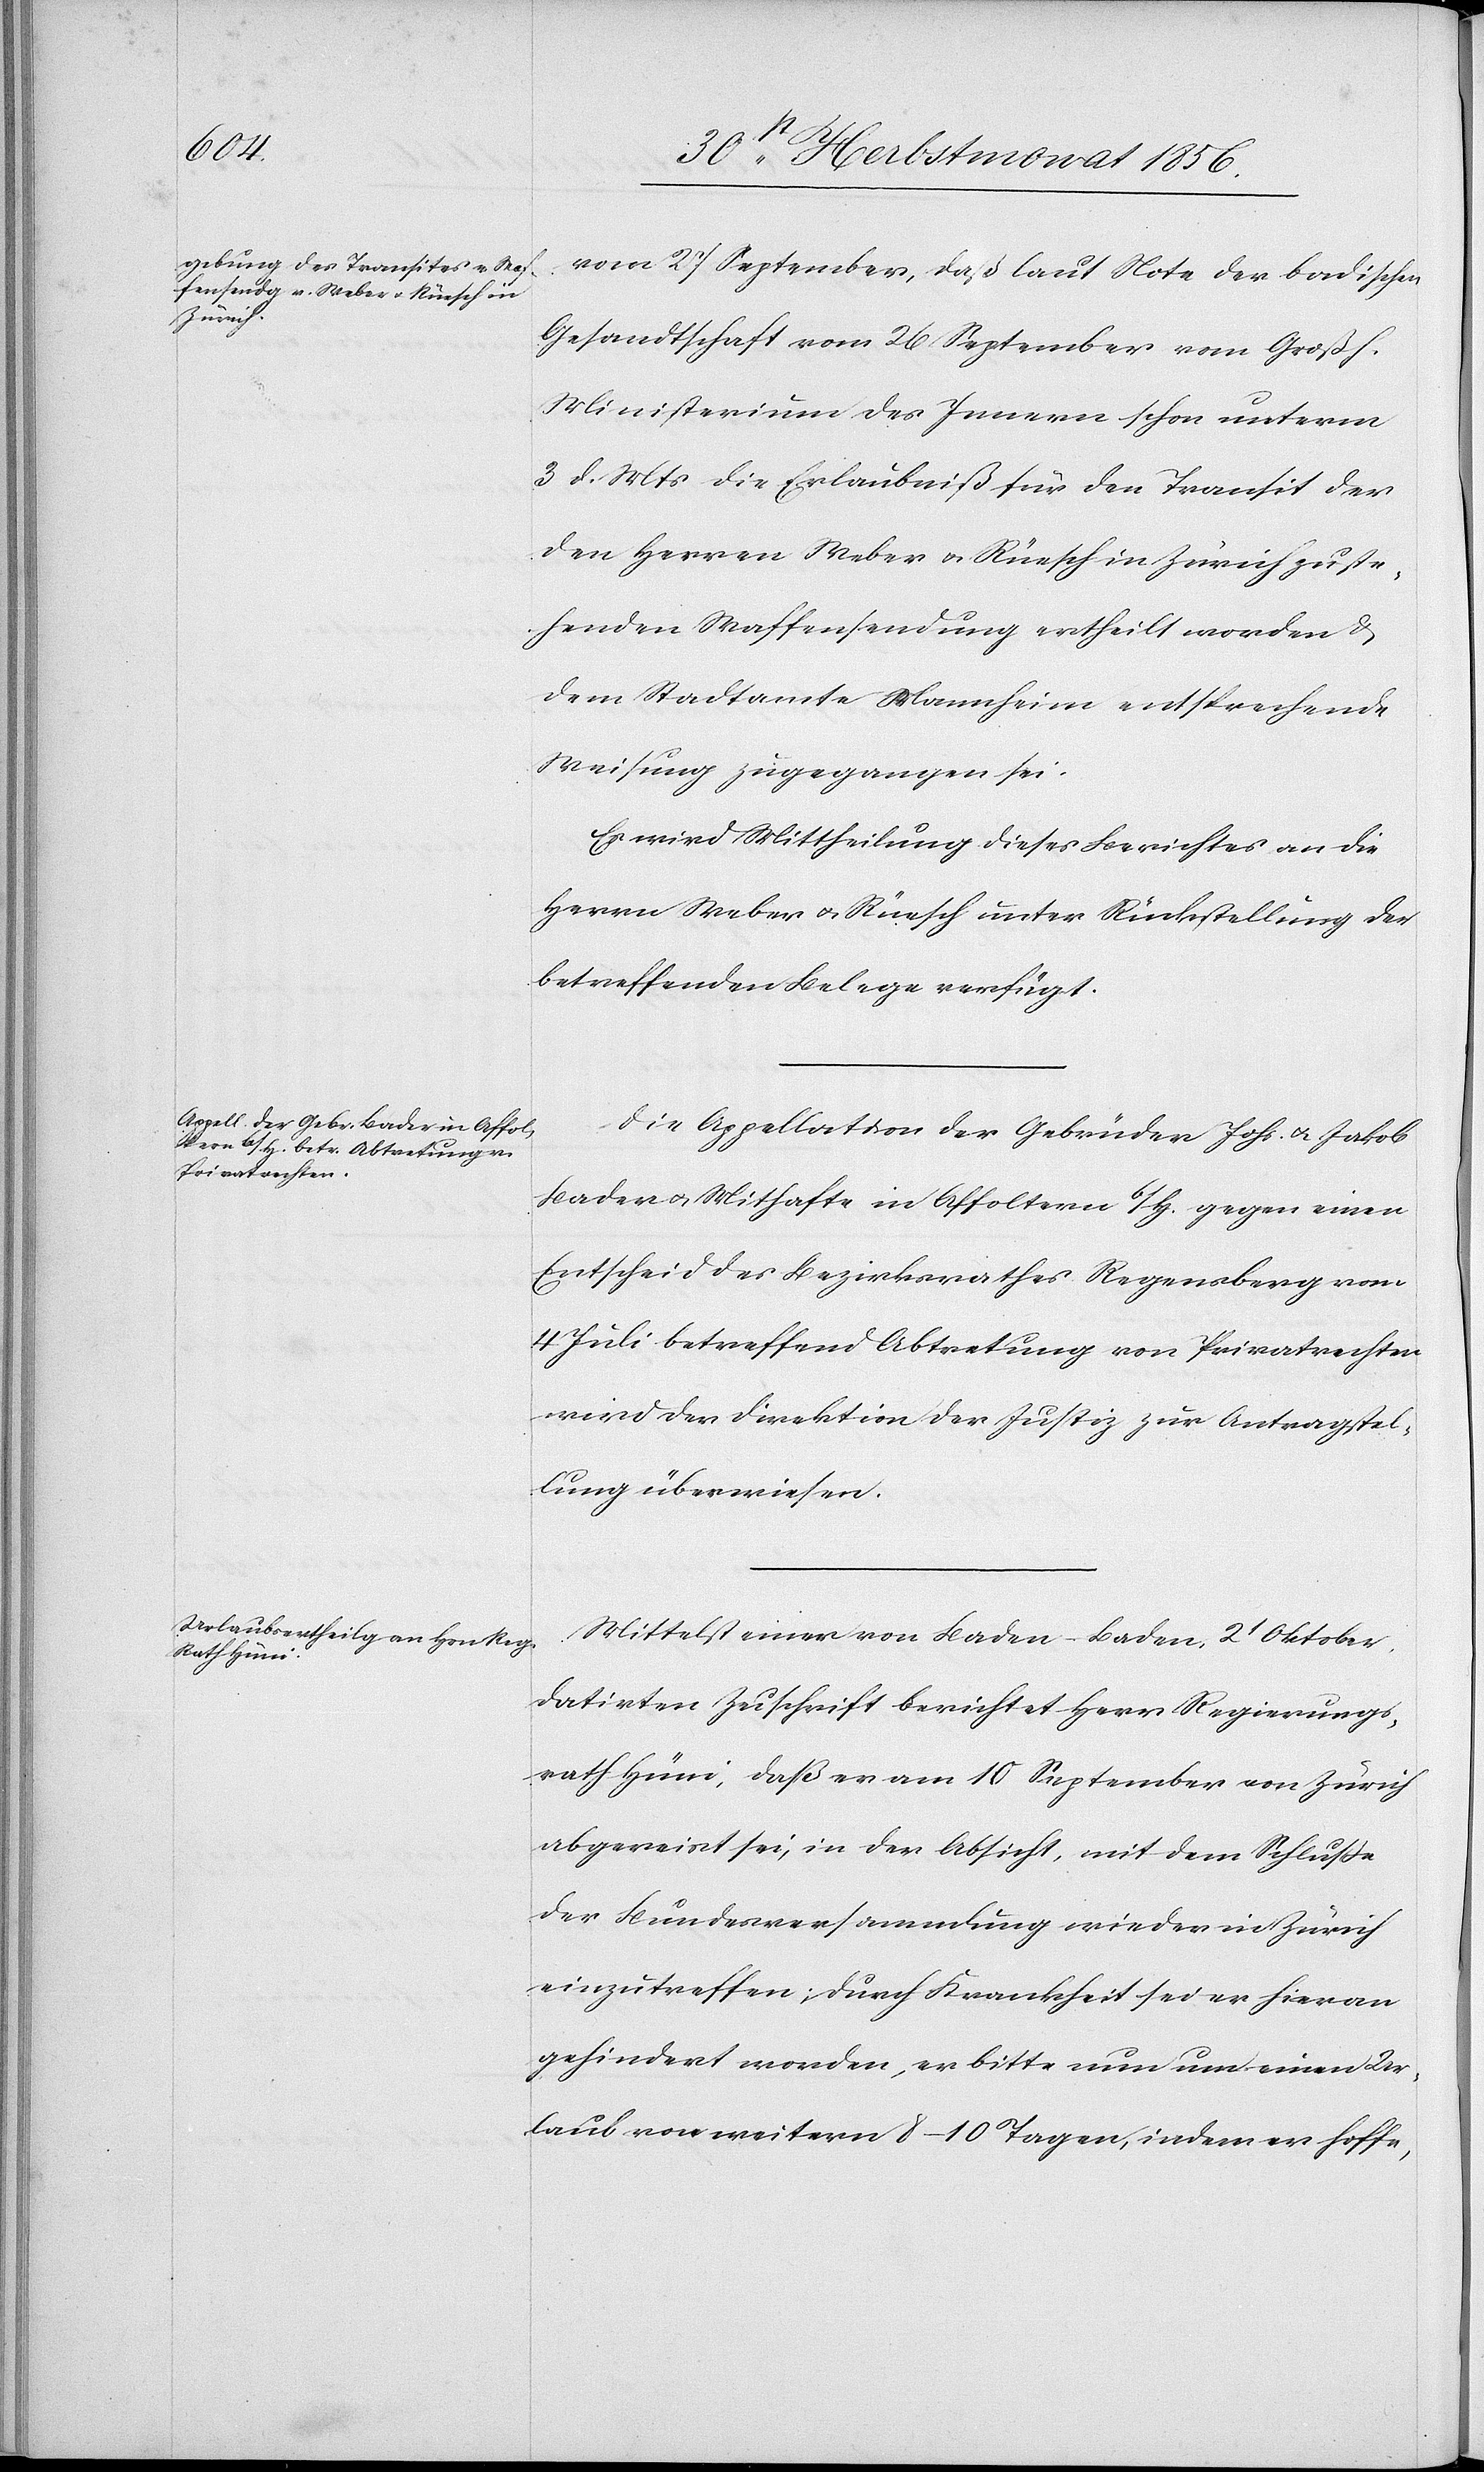
vom 27 September, daß laut Note der badischen
Gesandtschaft vom 26 September vom Großh.
Ministerium des Innern schon unterm
3 d. Mts die Erlaubniß für das Transit der
den Herren Weber u. Rüesch in Zürich zuste¬
henden Waffensendung ertheilt worden &
dem Stadtamte Mannheim entsprechende
Weisung zugegangen sei.
Es wird Mittheilung dieses Berichtes an die
Herrn Weber u. Rüesch unter Rückstellung der
betreffenden Belege verfügt.
Die Appellation der Gebrüder Johs. u. Jakob
Bader u. Mithafte in Affoltern b/H. gegen einen
Entscheid des Bezirksrathes Regensberg vom
4 Juli betreffend Abtretung von Privatrechten
wird der Direktion der Justiz zur Antragstel¬
lung überwiesen.
Mittelst einer von Baden-Baden, 2t Oktober
datirten Zuschrift berichtet Herr Regierungs¬
rath Hüni, daß er am 10 September von Zürich
abgereist sei, in der Absicht, mit dem Schluße
der Bundesversammlung wieder in Zürich
einzutreffen; durch Krankheit sei er hieran
gehindert worden, er bitte nun um einen Ur¬
laub von weitern 8–10 Tagen, indem er hoffe,